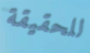
للحقيقة